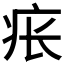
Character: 𪽪